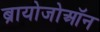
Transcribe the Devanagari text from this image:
ब्रायोजोऑन